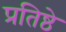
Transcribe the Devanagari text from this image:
प्रतिष्ठे